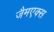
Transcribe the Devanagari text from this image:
जैमएक्स